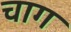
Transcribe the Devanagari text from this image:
चाग